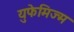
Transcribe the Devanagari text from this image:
युफेमिज्म